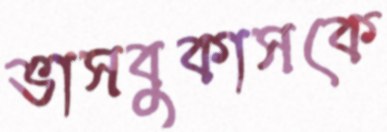
ভাসবুকাসকে